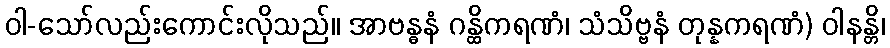
ဝါ-သော်လည်းကောင်းလိုသည်။ အာဗန္ဓနံ ဂန္ထိကရဏံ၊ သံသိဗ္ဗနံ တုန္နကရဏံ) ဝါနန္တိ၊